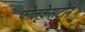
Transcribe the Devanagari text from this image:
फोल्केस्टोन